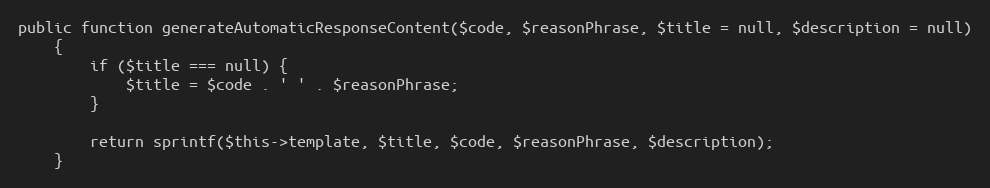
Language: PHP
public function generateAutomaticResponseContent($code, $reasonPhrase, $title = null, $description = null)
    {
        if ($title === null) {
            $title = $code . ' ' . $reasonPhrase;
        }

        return sprintf($this->template, $title, $code, $reasonPhrase, $description);
    }